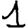
Digit: 1